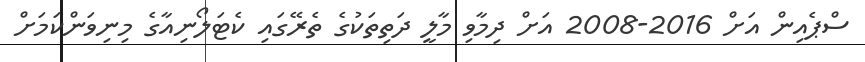
ސްޕެއިން އަށް 2016-2008 އަށް ދިމާވި މާލީ ދަތިތަކުގެ ތެރޭގައި ކެޓަލޯނިއާގެ މިނިވަންކަމަށް